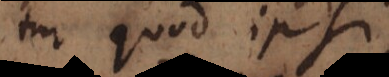
tur quod ipsi